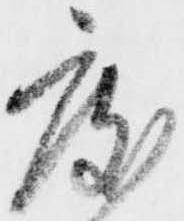
度